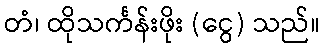
တံ၊ ထိုသင်္ကန်းဖိုး (ငွေ) သည်။